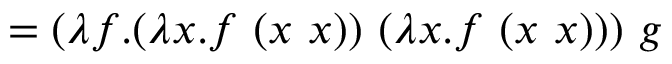
= ( \lambda f . ( \lambda x . f \ ( x \ x ) ) \ ( \lambda x . f \ ( x \ x ) ) ) \ g